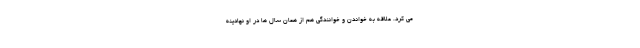
می کرد. علاقه به خواندن و خوانندگی هم از همان سال ها در او نهادینه